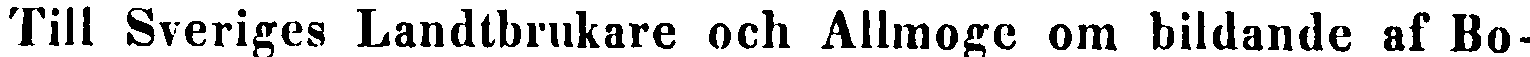
Till Sveriges Landtbrukare och Allmoge om bildande af Bo-